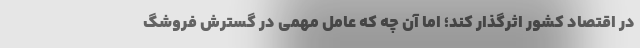
در اقتصاد کشور اثرگذار کند؛ اما آن چه که عامل مهمی در گسترش فروشگ